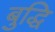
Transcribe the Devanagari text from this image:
बुद्धि